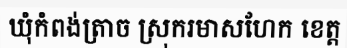
ឃុំកំពង់ត្រាច ស្រុករមាសហែក ខេត្ត